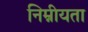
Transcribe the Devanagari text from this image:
निम्नीयता